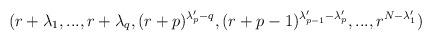
LaTeX: \begin{align*}(r+\lambda_1,...,r+\lambda_q,(r+p)^{\lambda_p'-q},(r+p-1)^{\lambda_{p-1}'-\lambda_p'},...,r^{N-\lambda_1'})\end{align*}